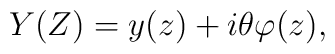
Y(Z) = y(z) + i\theta \varphi (z),